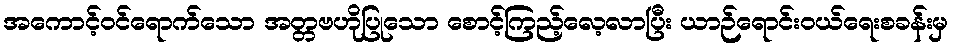
အကောင့်ဝင်ရောက်သော အတ္တဗဟိုပြုသော စောင့်ကြည့်လေ့လာပြီး ယာဉ်ရောင်းဝယ်ရေးစခန်းမှ